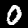
Label: 0